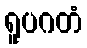
ရူပဂတံ